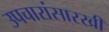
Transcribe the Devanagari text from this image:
उपचारांसारखी